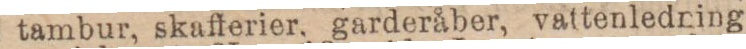
tambur, skaflerier, garderåber, vattenledning